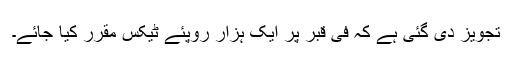
تجویز دی گئی ہے کہ فی قبر پر ایک ہزار روپئے ٹیکس مقرر کیا جائے۔